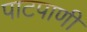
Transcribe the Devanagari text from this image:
पाटपाणी